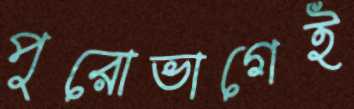
পুরোভাগেই